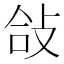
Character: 敆